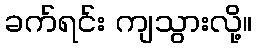
ခက်ရင်း ကျသွားလို့။